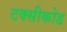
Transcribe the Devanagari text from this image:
टक्सीकोड